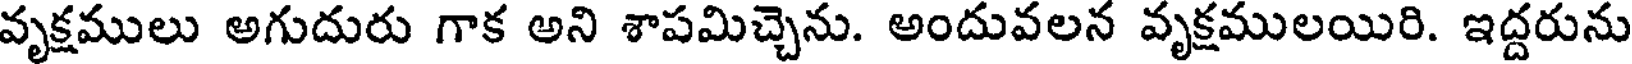
వృక్షములు అగుదురు గాక అని శాపమిచ్చెను. అందువలన వృక్షములయిరి. ఇద్దరును